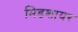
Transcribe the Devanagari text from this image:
मिडशायर